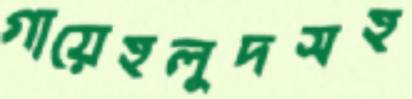
গায়েহলুদসহ